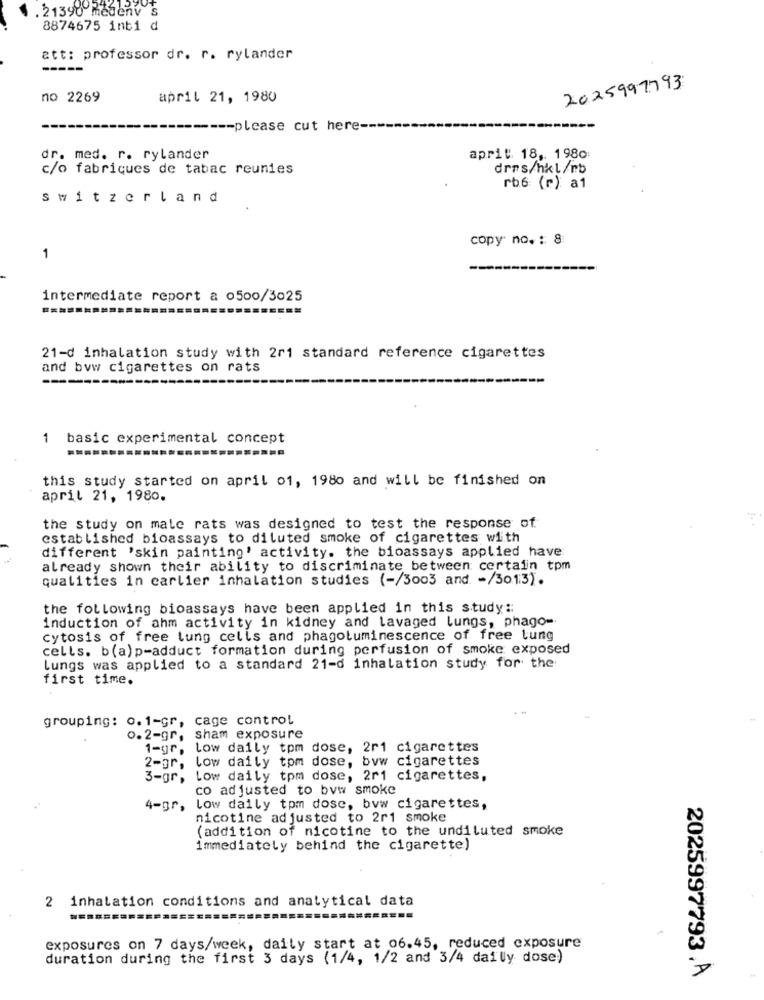
. 21390 medenv's
8874675 inti d
att: professor dr. r. rylander
2025997793
no 2269
april 21, 1980
======= please cut here ---
dr. med. r. rylander
april 18, 1980:
c/o fabriques de tabac reunies
drrs/hkl/nb
rb6 (r): a1
switzerland
copy no .: 8:
1
intermediate report a 0500/3025
21-d inhalation study with 2r1 standard reference cigarettes
and byw cigarettes on rats
1
basic experimental concept
this study started on april o1, 1980 and will be finished on
april 21, 1980.
the study on male rats was designed to test the response of.
established bioassays to diluted smoke of cigarettes with
different 'skin painting' activity. the bioassays applied have
already shown their ability to discriminate between certain tpm
qualities in carlier inhalation studies (-/3003 and. - /3013).
the following bioassays have been applied in this study ::
induction of ahm activity in kidney and lavaged lungs, phago-
cytosis of free lung cells and phagoluminescence of free tung
cells. b(a) p-adduct formation during perfusion of smoke exposed
Lungs was applied to a standard 21-d inhalation study for the
first time.
grouping: 0.1-gr, cage control
0.2-gr, sham exposure
1-gr, low daily tpm dose, 2r1 cigarettes
2-gr, low daily tpm dose, byw cigarettes
3-gr, Low daily tpm dose, 2r1 cigarettes,
co adjusted to bvw smoke
4-gr, low daily tpm dosc, bvw cigarettes,
nicotine adjusted to 2r1 smoke
(addition of nicotine to the undiluted smoke
immediately behind the cigarette)
2 inhalation conditions and analytical data
exposures on 7 days/week, daily start at 06.45, reduced exposure
duration during the first 3 days (1/4, 1/2 and 3/4 daily dose)
2025997793.A